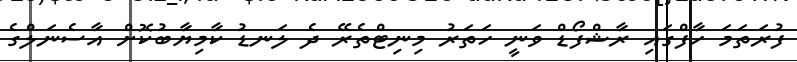
ފުރަތަމަ ހާފްގައި ރާޝްފޯޑް ވަނީ ހަތަރު މިނިޓްތެރޭ ދެ ލަނޑު ކާމިޔާބުކޮށް އާސެނަލްގެ